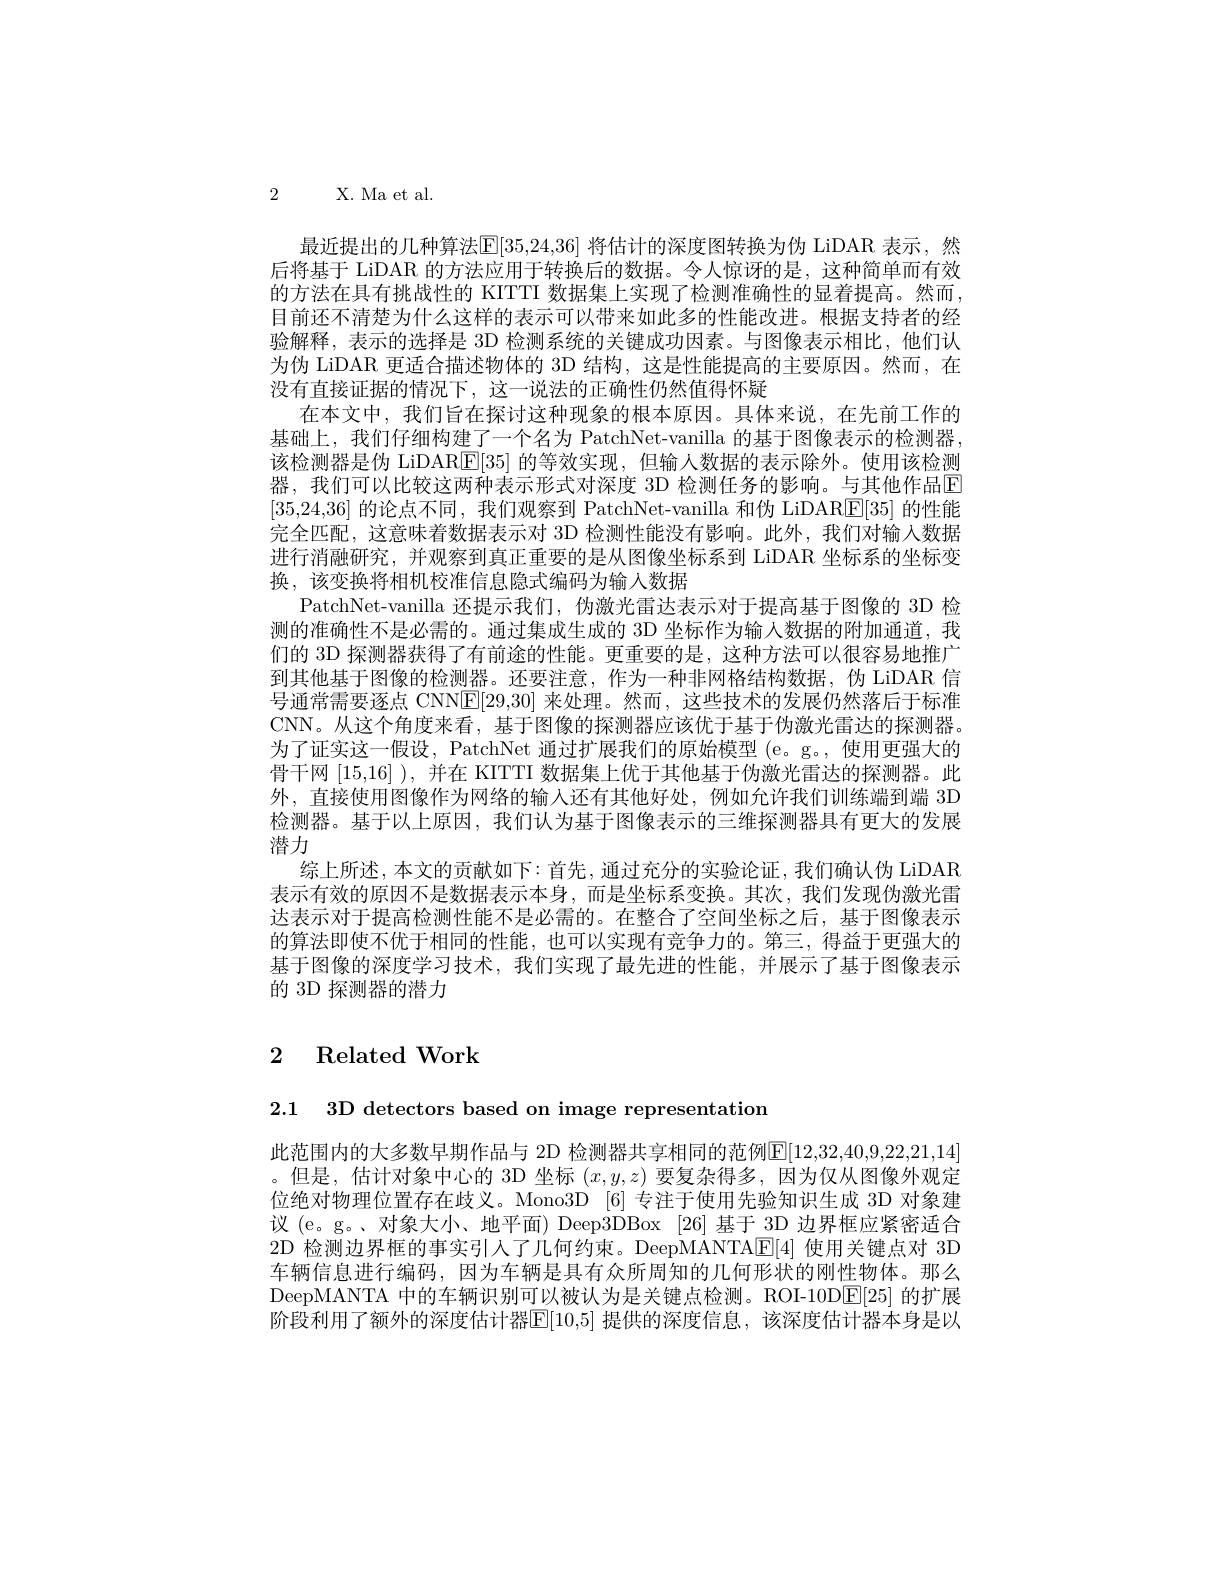
2 X. Ma et al.

最近提出的几种算法[E[35,24,36] 将估计的深度图转换为伪 LiDAR 表示，然后将基于 LiDAR 的方法应用于转换后的数据。令人惊讶的是，这种简单而有效的方法在具有挑战性的 KITTI 数据集上实现了检测准确性的显着提高。然而， 目前还不清楚为什么这样的表示可以带来如此多的性能改进。根据支持者的经验解释，表示的选择是 3D 检测系统的关键成功因素。与图像表示相比，他们认为伪 LiDAR 更适合描述物体的 3D 结构，这是性能提高的主要原因。然而，在没有直接证据的情况下，这一说法的正确性仍然值得怀疑
在本文中，我们旨在探讨这种现象的根本原因。具体来说，在先前工作的基础上，我们仔细构建了一个名为 PatchNet-vanilla 的基于图像表示的检测器， 该检测器是伪 LiDARE[35] 的等效实现，但输人数据的表示除外。使用该检测器，我们可以比较这两种表示形式对深度 3D 检测任务的影响。与其他作品$\overline{E}$ [35,24,36]的论点不同，我们观察到 PatchNet-vanilla 和伪 LiDARE[35] 的性能完全匹配，这意味着数据表示对 3D 检测性能没有影响。此外，我们对输入数据进行消融研究，并观察到真正重要的是从图像坐标系到 LiDAR 坐标系的坐标变换，该变换将相机校准信息隐式编码为输入数据
PatchNet-vanilla 还提示我们，伪激光雷达表示对于提高基于图像的 3D 检测的准确性不是必需的。通过集成生成的 3D 坐标作为输人数据的附加通道，我们的 3D 探测器获得了有前途的性能。更重要的是，这种方法可以很容易地推广到其他基于图像的检测器。还要注意，作为一种非网格结构数据，伪 LiDAR 信号通常需要逐点 CNNE[29,30] 来处理。然而，这些技术的发展仍然落后于标准CNN。从这个角度来看，基于图像的探测器应该优于基于伪激光雷达的探测器。为了证实这一假设，PatchNet 通过扩展我们的原始模型 (e。g。,使用更强大的骨干网[15,16] ), 并在 KITTI 数据集上优于其他基于伪激光雷达的探测器。此外，直接使用图像作为网络的输入还有其他好处，例如允许我们训练端到端 3D 检测器。基于以上原因，我们认为基于图像表示的三维探测器具有更大的发展潜力
综上所述，本文的贡献如下：首先，通过充分的实验论证，我们确认伪 LiDAR 表示有效的原因不是数据表示本身，而是坐标系变换。其次，我们发现伪激光雷达表示对于提高检测性能不是必需的。在整合了空间坐标之后，基于图像表示的算法即使不优于相同的性能，也可以实现有竞争力的。第三，得益于更强大的基于图像的深度学习技术，我们实现了最先进的性能，并展示了基于图像表示的 3D 探测器的潜力

# 2 Related Work

2.1 3D detectors based on image representation

此范围内的大多数早期作品与 2D 检测器共享相同的范例$\mathbb{E}[12,32,40,9,22,21,14]$ 。但是，估计对象中心的 3D 坐标$(x,y,z)$要复杂得多，因为仅从图像外观定位绝对物理位置存在歧义。Mono3D [6] 专注于使用先验知识生成 3D 对象建议 (e。g。、对象大小、地平面) Deep3DBox [26] 基于 3D 边界框应紧密适合2D 检测边界框的事实引人了几何约束。DeepMANTAE[4] 使用关键点对 3D 车辆信息进行编码，因为车辆是具有众所周知的几何形状的刚性物体。那么DeepMANTA 中的车辆识别可以被认为是关键点检测。ROI-10D$\boxed{\mathrm{E}}[25]$的扩展阶段利用了额外的深度估计器E|10,5|提供的深度信息，该深度估计器本身是以